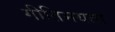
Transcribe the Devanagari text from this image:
गीतिमयता